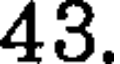
43.